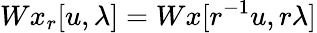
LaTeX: Wx_{r}[u,\lambda]=Wx[r^{-1}u,r\lambda]